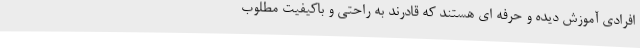
افرادی آموزش دیده و حرفه ای هستند که قادرند به راحتی و باکیفیت مطلوب